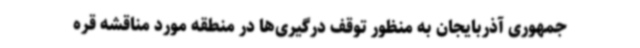
جمهوری آذربایجان به منظور توقف درگیری‌ها در منطقه مورد مناقشه قره